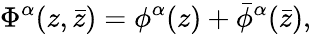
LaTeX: \Phi^{\alpha}(z,\bar{z})=\phi^{\alpha}(z)+\bar{\phi}^{\alpha}(\bar{z}),